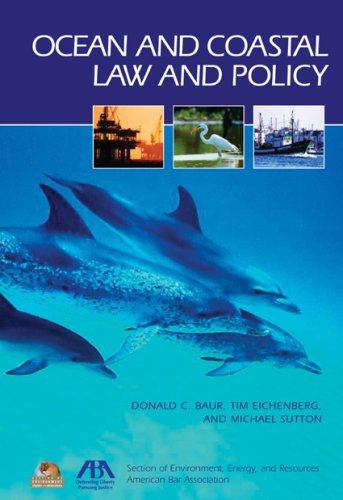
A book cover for Ocean and Coastal Law and Policy; Law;